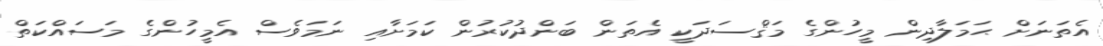
އެތަނަށް ޙަމަލާދިން މީހުންގެ މަޤްސަދަކީ އެތަން ބަންދުކުރުން ކަމަށާއި ނަމަވެސް އެމީހުންގެ މަސައްކަތް